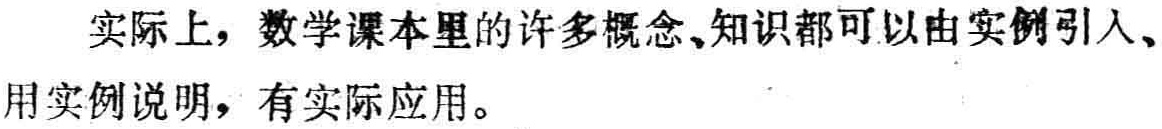
实际上，数学课本里的许多概念、知识都可以由实例引入、用实例说明，有实际应用。